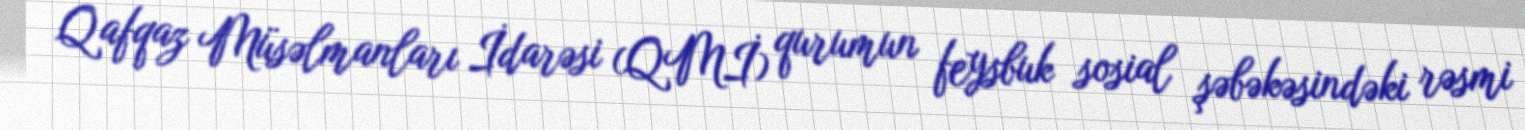
Qafqaz Müsəlmanları İdarəsi (QMİ) qurumun feysbuk sosial şəbəkəsindəki rəsmi